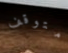
متوقف